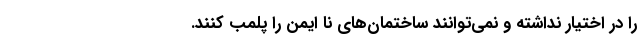
را در اختیار نداشته و نمی‌توانند ساختمان‌های نا ایمن را پلمب کنند.